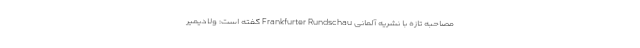
مصاحبه تازه با نشریه آلمانی Frankfurter Rundschau گفته است: ولادیمیر